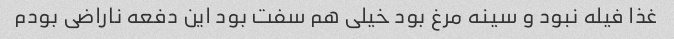
غذا فیله نبود و سینه مرغ بود خیلی هم سفت بود این دفعه ناراضی بودم